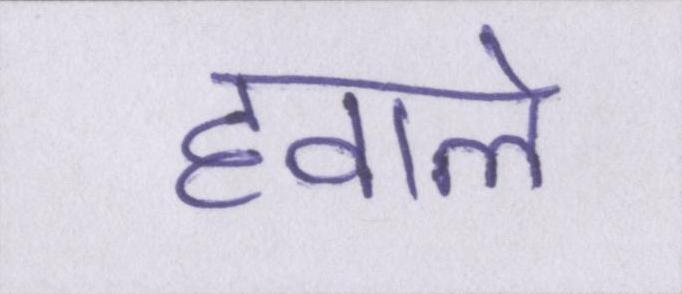
हवाले